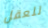
للعقل